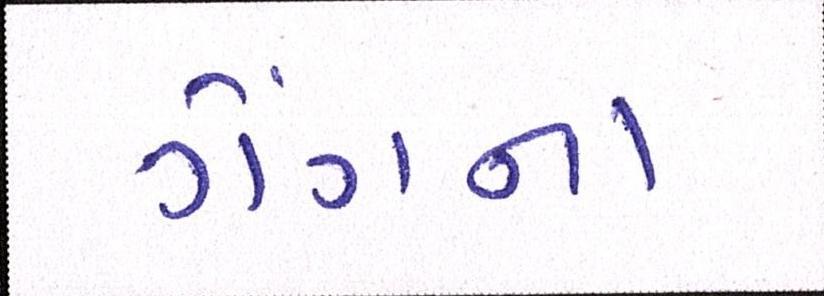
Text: ગેંગના